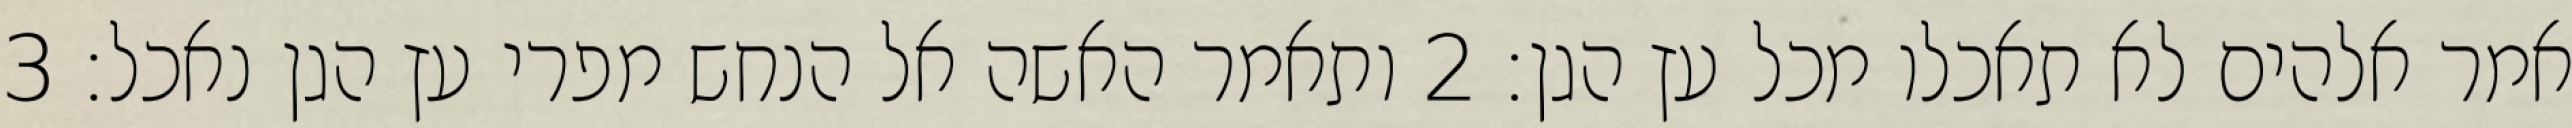
אמר אלהים לא תאכלו מכל עץ הגן׃ ‎2‏ ותאמר האשה אל הנחש מפרי עץ הגן נאכל׃ ‎3‏